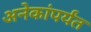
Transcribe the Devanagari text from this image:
अनेकांपर्यंत